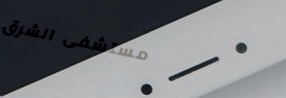
مستشفى الشرق